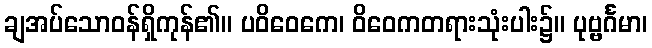
ချအပ်သောဝန်ရှိကုန်၏။ ပဝိဝေကေ၊ ဝိဝေကတရားသုံးပါး၌။ ပုဗ္ဗင်္ဂမာ၊